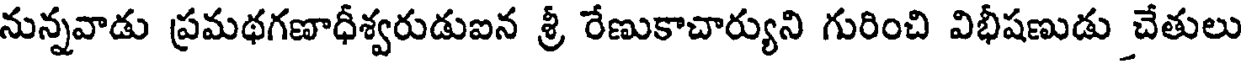
నున్నవాడు ప్రమథగణాధీశ్వరుడుఐన శ్రీ రేణుకాచార్యుని గురించి విభీషణుడు చేతులు